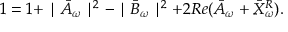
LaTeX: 1 = 1 + \mid \bar { A } _ { \omega } \mid ^ { 2 } - \mid \bar { B } _ { \omega } \mid ^ { 2 } + 2 R e ( \bar { A } _ { \omega } + \bar { X } _ { \omega } ^ { R } ) .